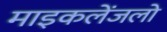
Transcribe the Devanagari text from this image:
माइकलेंजलो